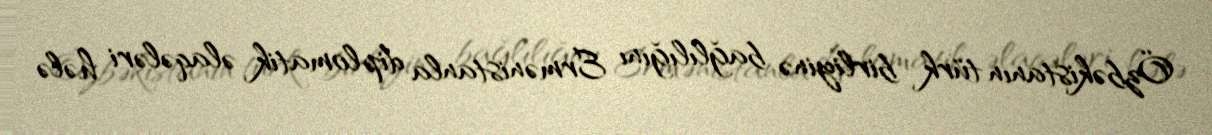
Özbəkistanın türk birliyinə bağlılığını Ermənistanla diplomatik əlaqələri hələ